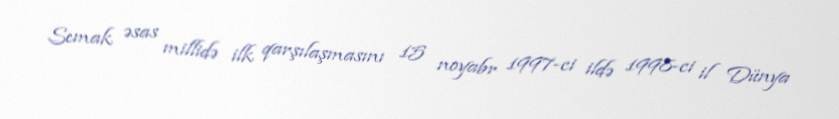
Semak əsas millidə ilk qarşılaşmasını 15 noyabr 1997-ci ildə 1998-ci il Dünya